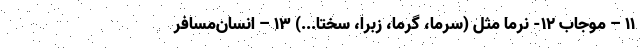
11 – موجاب 12- نرما مثل (سرما، گرما، زِبرا، سختا...) 13 – انسان‌مسافر